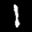
Label: 1